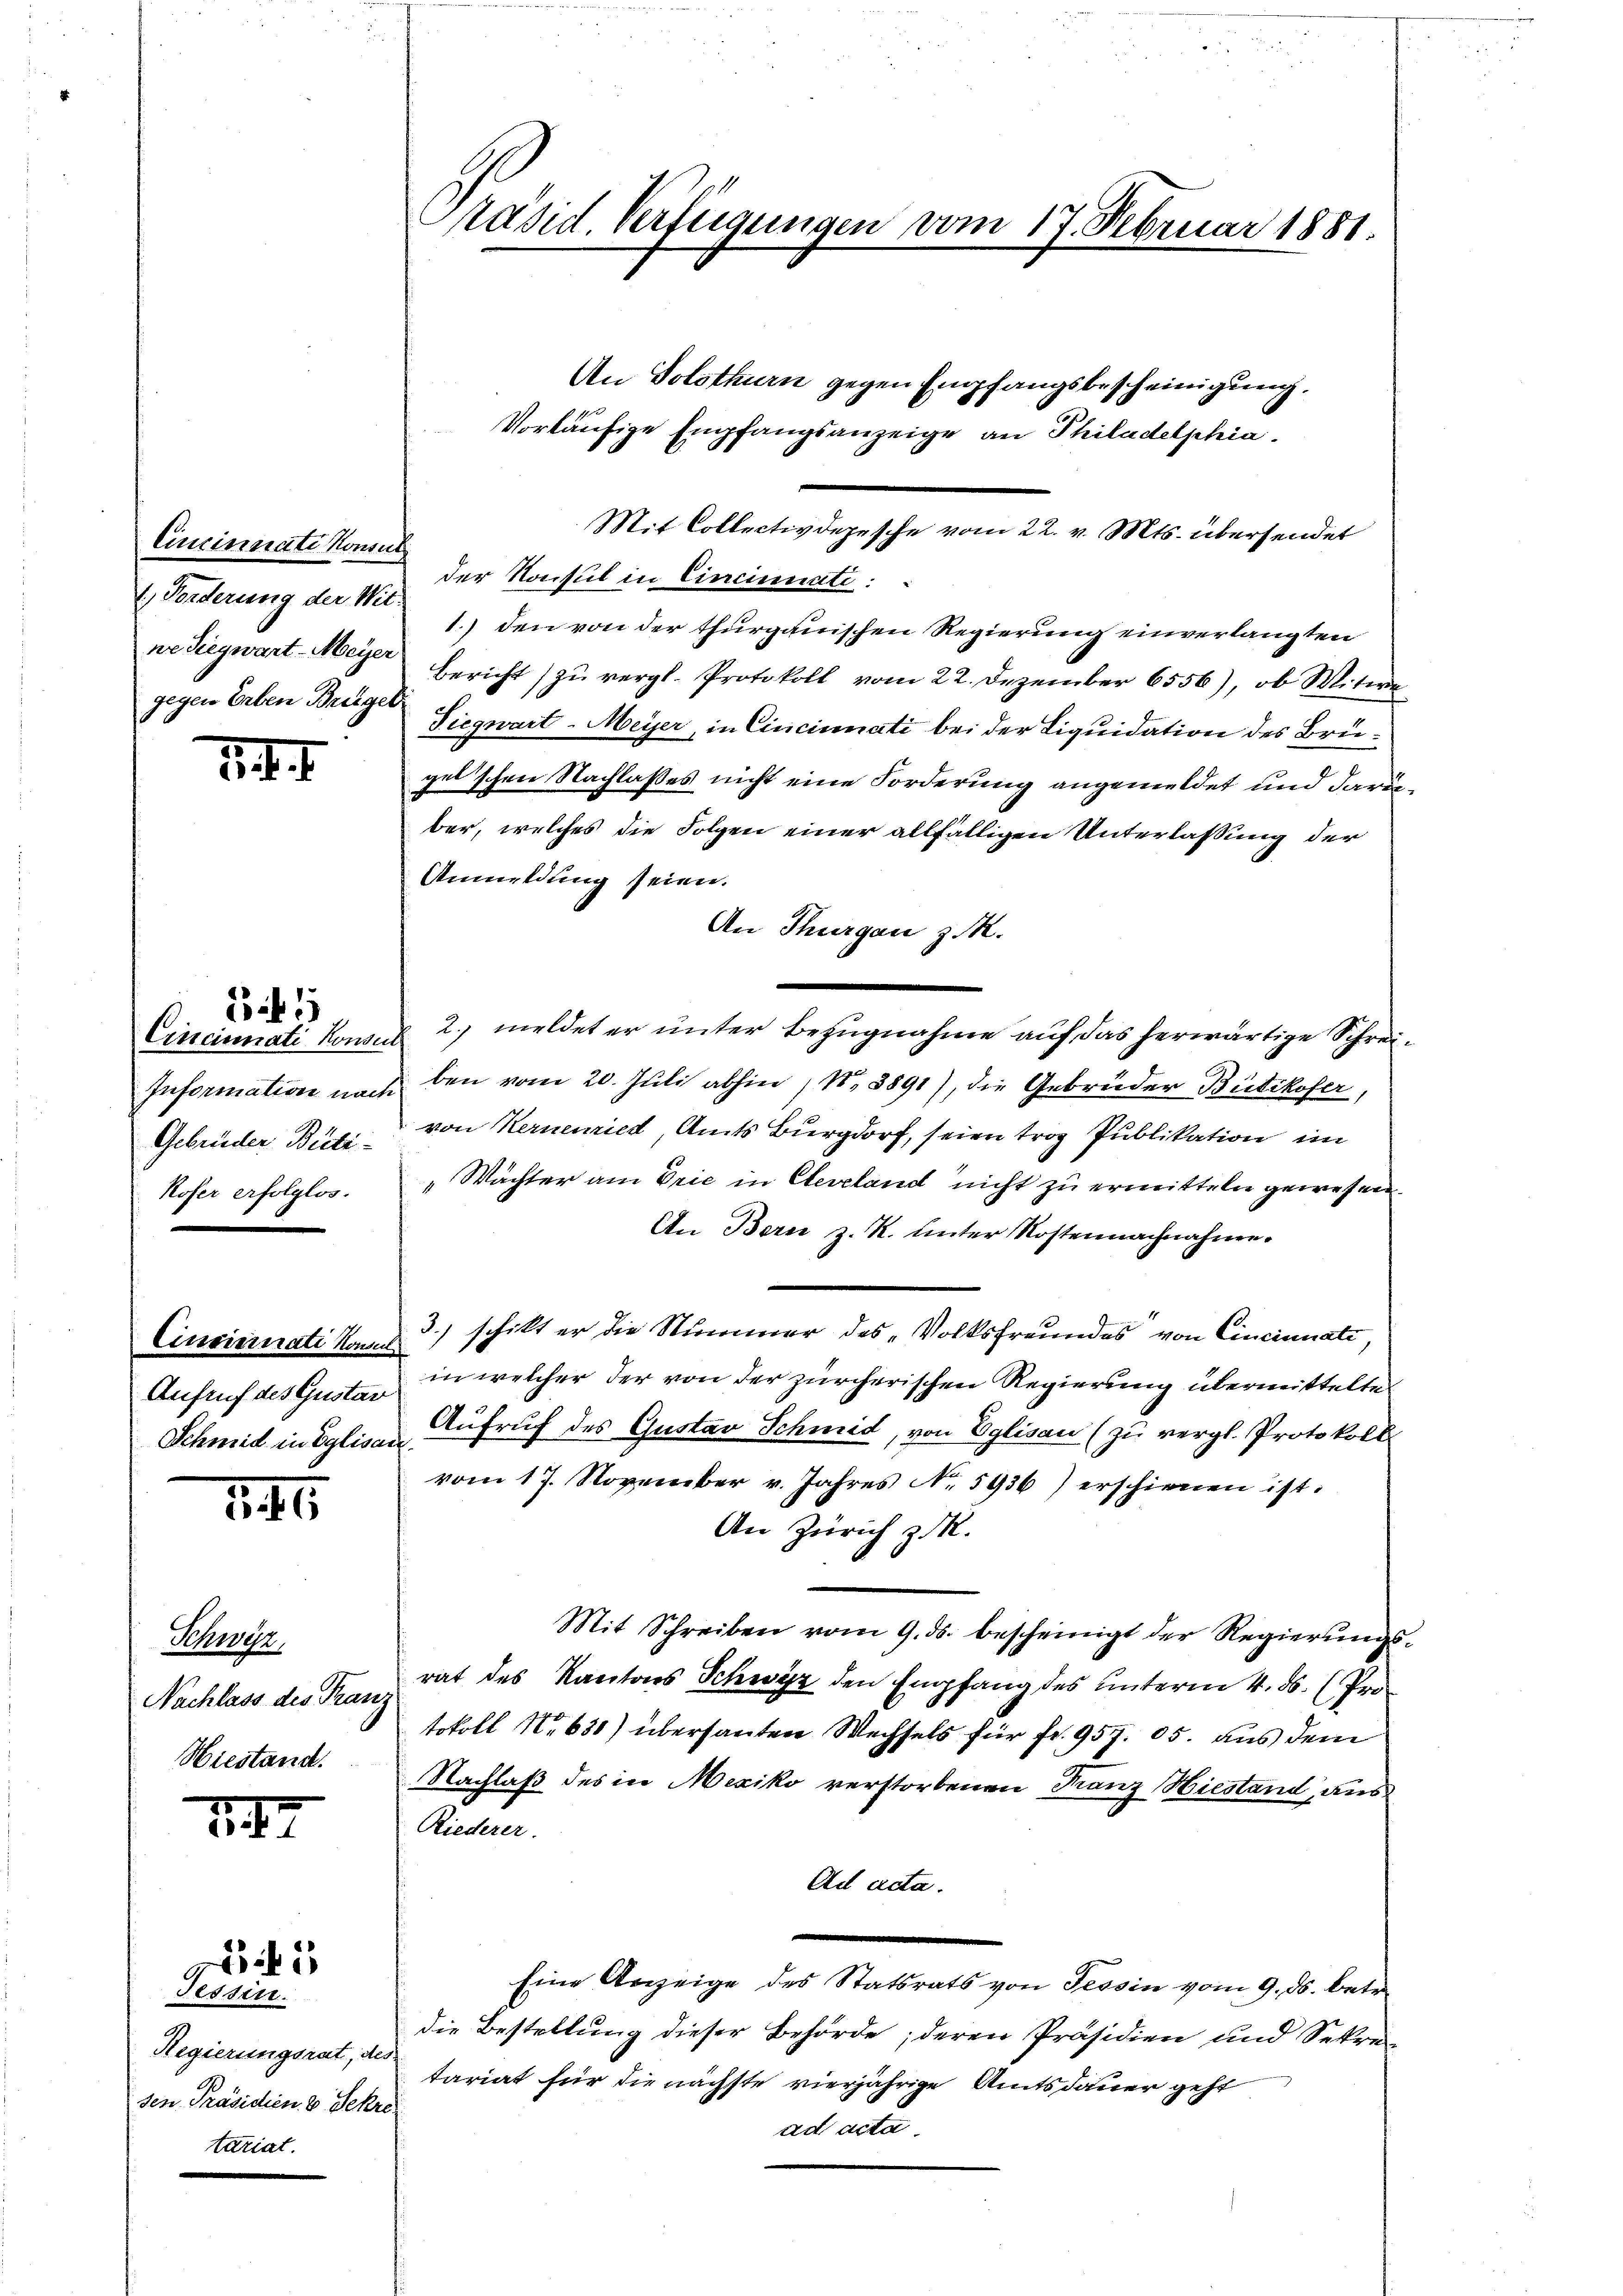
Cincinnate Konsul
 Forderung der Wit
ne Siegwart-Meyer
gegen Erben Briegel

14. I

Cincinati Konsul
Information nach
Gebrüder Büti-
Koser erfolglos.

15 f 1

Aufruf des Gustar
Schmid in Eglisau.

1

Schwer,
Nachlass des Franz
Hiestand.

1

5

Jessen.
Regierungsrat, de
sen Präsidien 3 Sekre
tariat.

Präsid Verfügungen vom 17. Februar 1881.

der Konsul in Cincinati:
1.) den von der thurgauischen Regierung einverlangten
Bericht zu vergl. Protokoll vom 22. Dezember 6556), ob Mitwe
Siegwart-Meyer, in Cincinati bei der Liquidation des Brügel schon Nachlasses nicht eine Forderung angemeldet und darber, welches die Folgen einer allfälligen Unterlassung der
Anmeldung seien.
An Thurgau z. R.
2. meldet er unter Bezugnahme auf das herwärtige Schreiben vom 20. Juli abhin 18. 3891), die Gebrüder Bütikofer,
von Kernemied, Amts Burgdorf, seien trog Publikation im
„Wächter am Drie in Cleveland nicht zu ermitteln gewesen.
An Bern z. R. unter Kostennachnahme.
Cinciernati kann 3) schikt er die Nummer des „Volksfreundes von Cincinnate,
in welcher der von der zürcherischen Regierung übermittelte
Aufruf des Gustav Schmid, von Eglisau (zu vergl. Protokoll.
vom 17. November v. Jahres No 5936) erschienen ist.
An Zürich z. R.
Mit Schreiben vom 9. ds. bescheinigt der Regierungsrat des Kantons Schwyz den Empfang des unterm 4. ds. (Protokoll No 631) übersanten Wechsels für fr. 957. 05. aus dem
Nachlaß des in Mexiko verstorbenen Franz Hiestand, aus
Riederer.
Ad acta.
Eine Anzeige des Statsrats von Tessin vom 9. ds. betr.
die Bestellung dieser Behörde; deren Präsidien und Sekre
tariat für die nächste vierjährige Amtsdauer geht
ad acta.

An Solothurn gegen Empfangsbescheinigung.
Vorläufige Empfangsanzeige an Philadelphia

Mit Collectivdepesche vom 22. v. Mts. übersendet